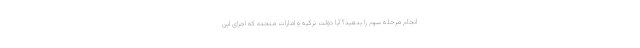
انجام مرحله سوم را بدهید؟ آیا دولت ترکیه و امارات متحده که اجرای این